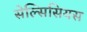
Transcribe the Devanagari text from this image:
सेल्सिसियस